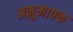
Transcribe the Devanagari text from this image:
अनुमापक